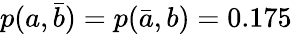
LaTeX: p(a,\bar{b})=p(\bar{a},b)=0.175